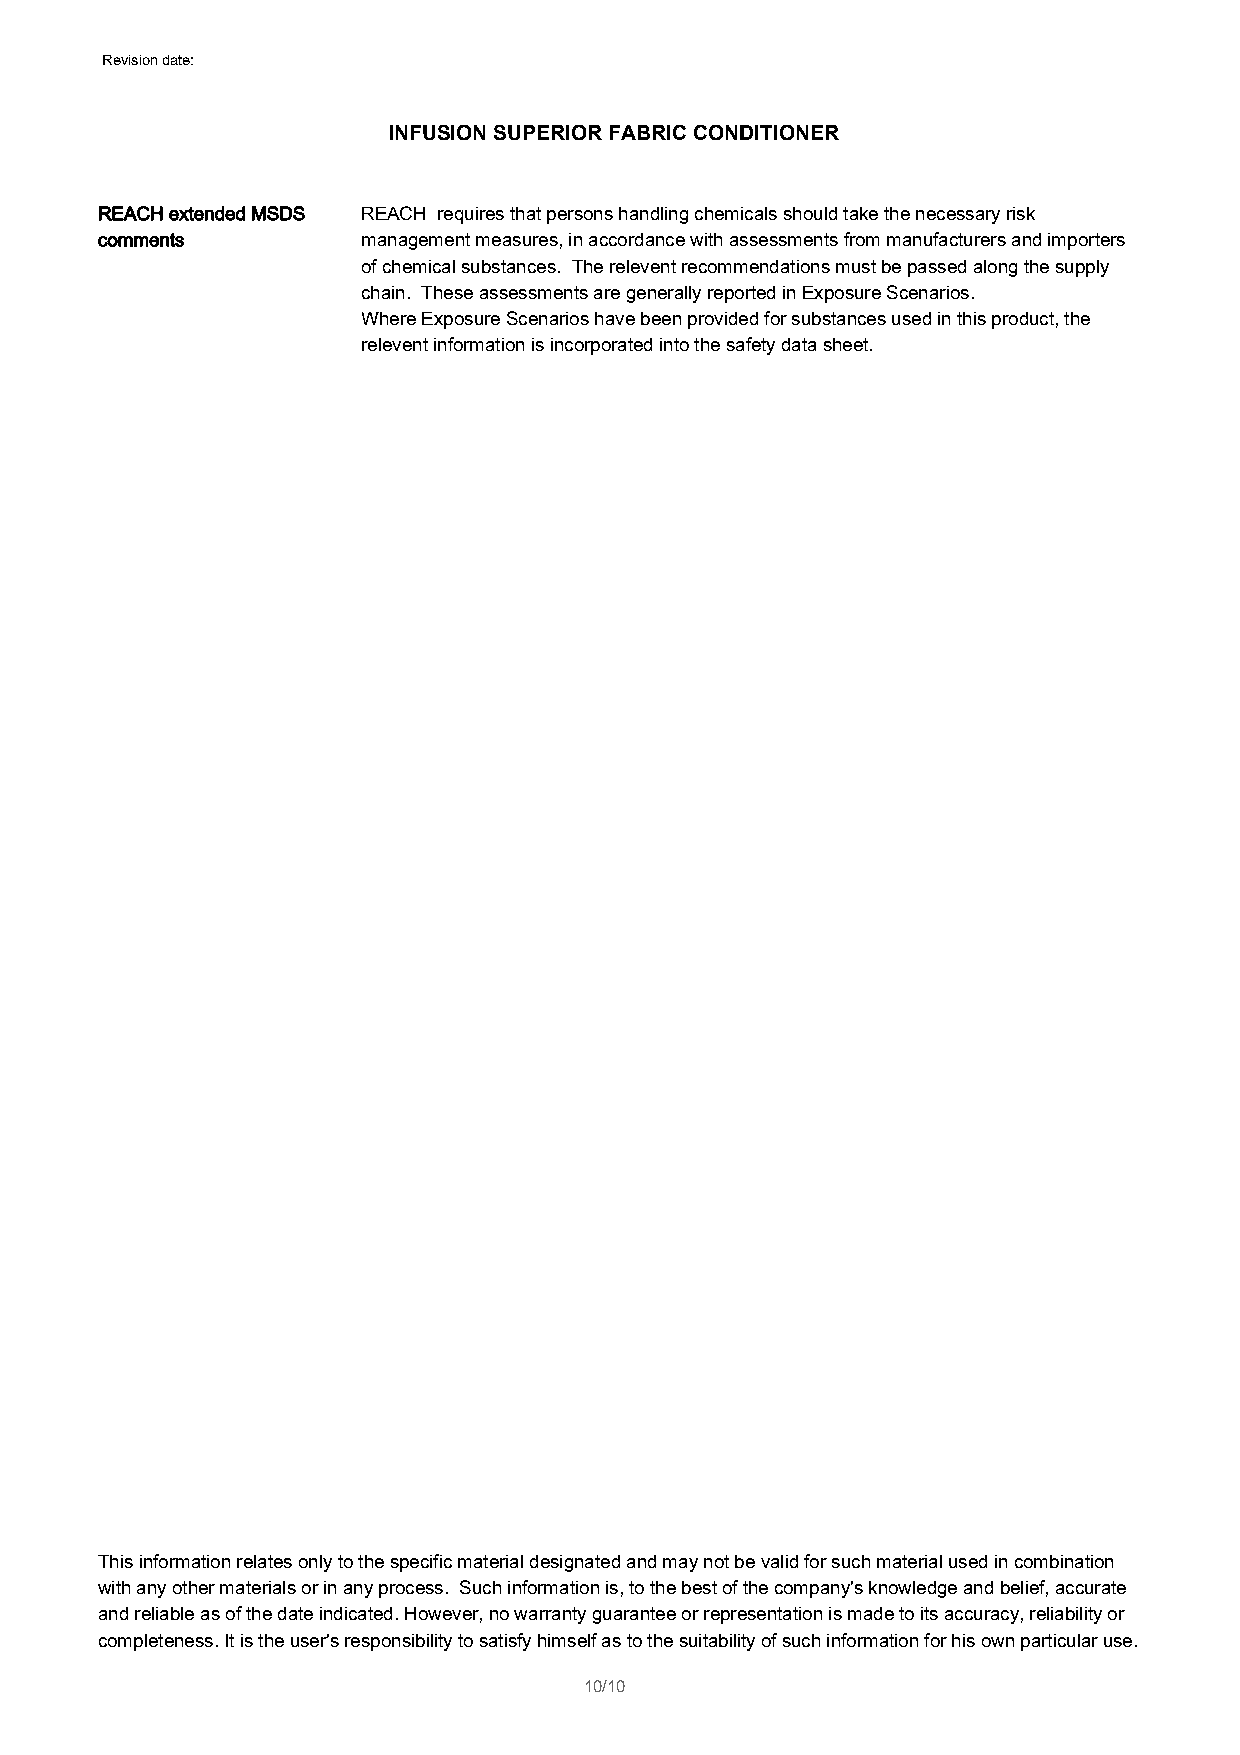
Revision date: 01/05/2015
 INFUSION SUPERIOR FABRIC CONDITIONER
 REACH extended MSDS REACH requires that persons handling chemicals should take the necessary risk
 comments          management measures, in accordance with assessments from manufacturers and importers
 of chemical substances. The relevent recommendations must be passed along the supply
 chain. These assessments are generally reported in Exposure Scenarios.
 Where Exposure Scenarios have been provided for substances used in this product, the
 relevent information is incorporated into the safety data sheet.
 This information relates only to the specific material designated and may not be valid for such material used in combination
 with any other materials or in any process. Such information is, to the best of the company's knowledge and belief, accurate
 and reliable as of the date indicated. However, no warranty guarantee or representation is made to its accuracy, reliability or
 completeness. It is the user's responsibility to satisfy himself as to the suitability of such information for his own particular use.
 10/10